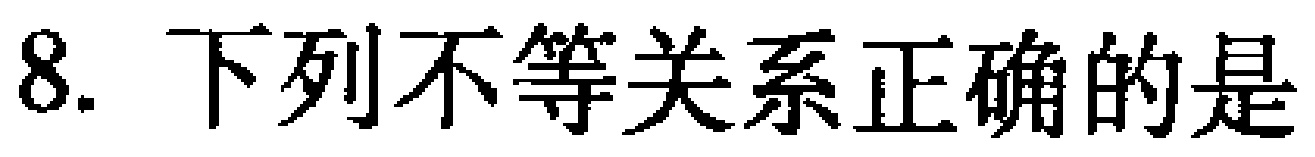
8. 下列不等关系正确的是